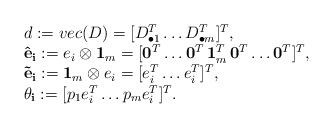
LaTeX: \begin{align*}\begin{array}{lll}d:=vec(D)=[D_{\bullet 1}^T \ldots D_{\bullet m}^T]^T,\\\mathbf {\hat e_i} := e_i\otimes \mathbf 1_m=[\mathbf 0^T\ldots \mathbf 0^T \, \mathbf 1^T_m \, \mathbf 0^T \ldots \mathbf 0^T]^T,\\\mathbf {\tilde e_i} := \mathbf 1_m \otimes e_i =[e_i^T\ldots e_i^T]^T,\\\mathbf {\theta_i} :=[p_1e_i^T\ldots p_m e_i^T]^T.\end{array}\end{align*}